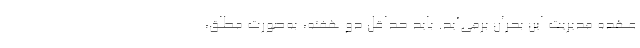
عهده مدیریت این بحران برمی‌آید. باید حداقل دو هفته، به‌صورت مطلق،